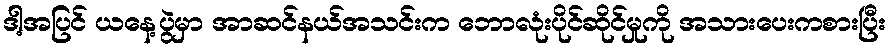
ဒါ့အပြင် ယနေ့ပွဲမှာ အာဆင်နယ်အသင်းက ဘောလုံးပိုင်ဆိုင်မှုကို အသားပေးကစားပြီး